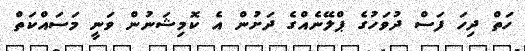
ހަތް ދިހަ ފަސް ދުވަހުގެ ޕްލޭނެއްގެ ދަށުން އެ ކޮމިޝަނުން ވަނީ މަސައްކަތް